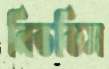
নিভতিস